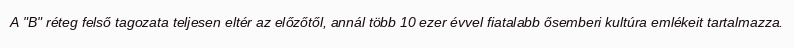
A "B" réteg felső tagozata teljesen eltér az előzőtől, annál több 10 ezer évvel fiatalabb ősemberi kultúra emlékeit tartalmazza.